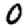
Digit: 0